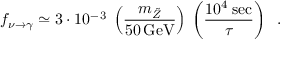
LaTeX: f _ { \nu \rightarrow \gamma } \simeq 3 \cdot 1 0 ^ { - \, 3 } \: \left( \frac { m _ { \tilde { Z } } } { 5 0 \, \mathrm { G e V } } \right) \: \left( \frac { 1 0 ^ { 4 } \: \mathrm { s e c } } { \tau } \right) \; \; .